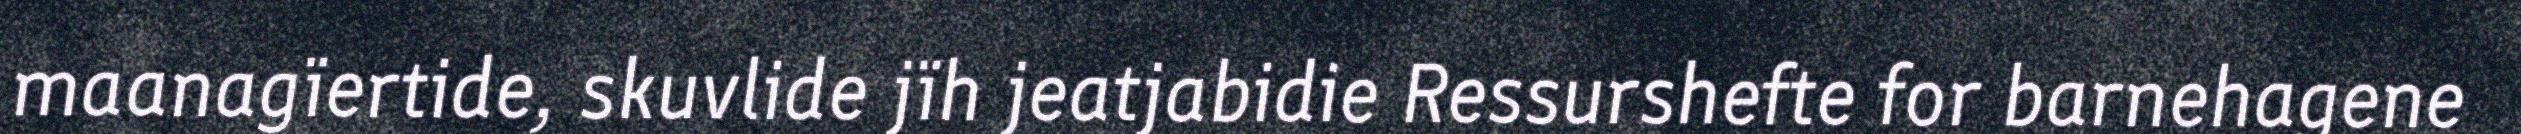
maanagïertide, skuvlide jïh jeatjabidie Ressurshefte for barnehagene